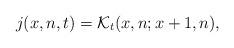
LaTeX: \begin{align*}j(x,n,t)={\cal K}_t(x,n;x+1,n),\end{align*}